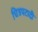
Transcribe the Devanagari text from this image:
चित्रपटादी